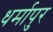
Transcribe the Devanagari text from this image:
धर्मापुर